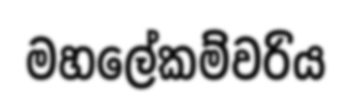
මහලේකම්වරිය